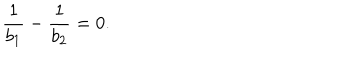
LaTeX: \frac { 1 } { b _ { 1 } } - \frac { 1 } { b _ { 2 } } = 0 .